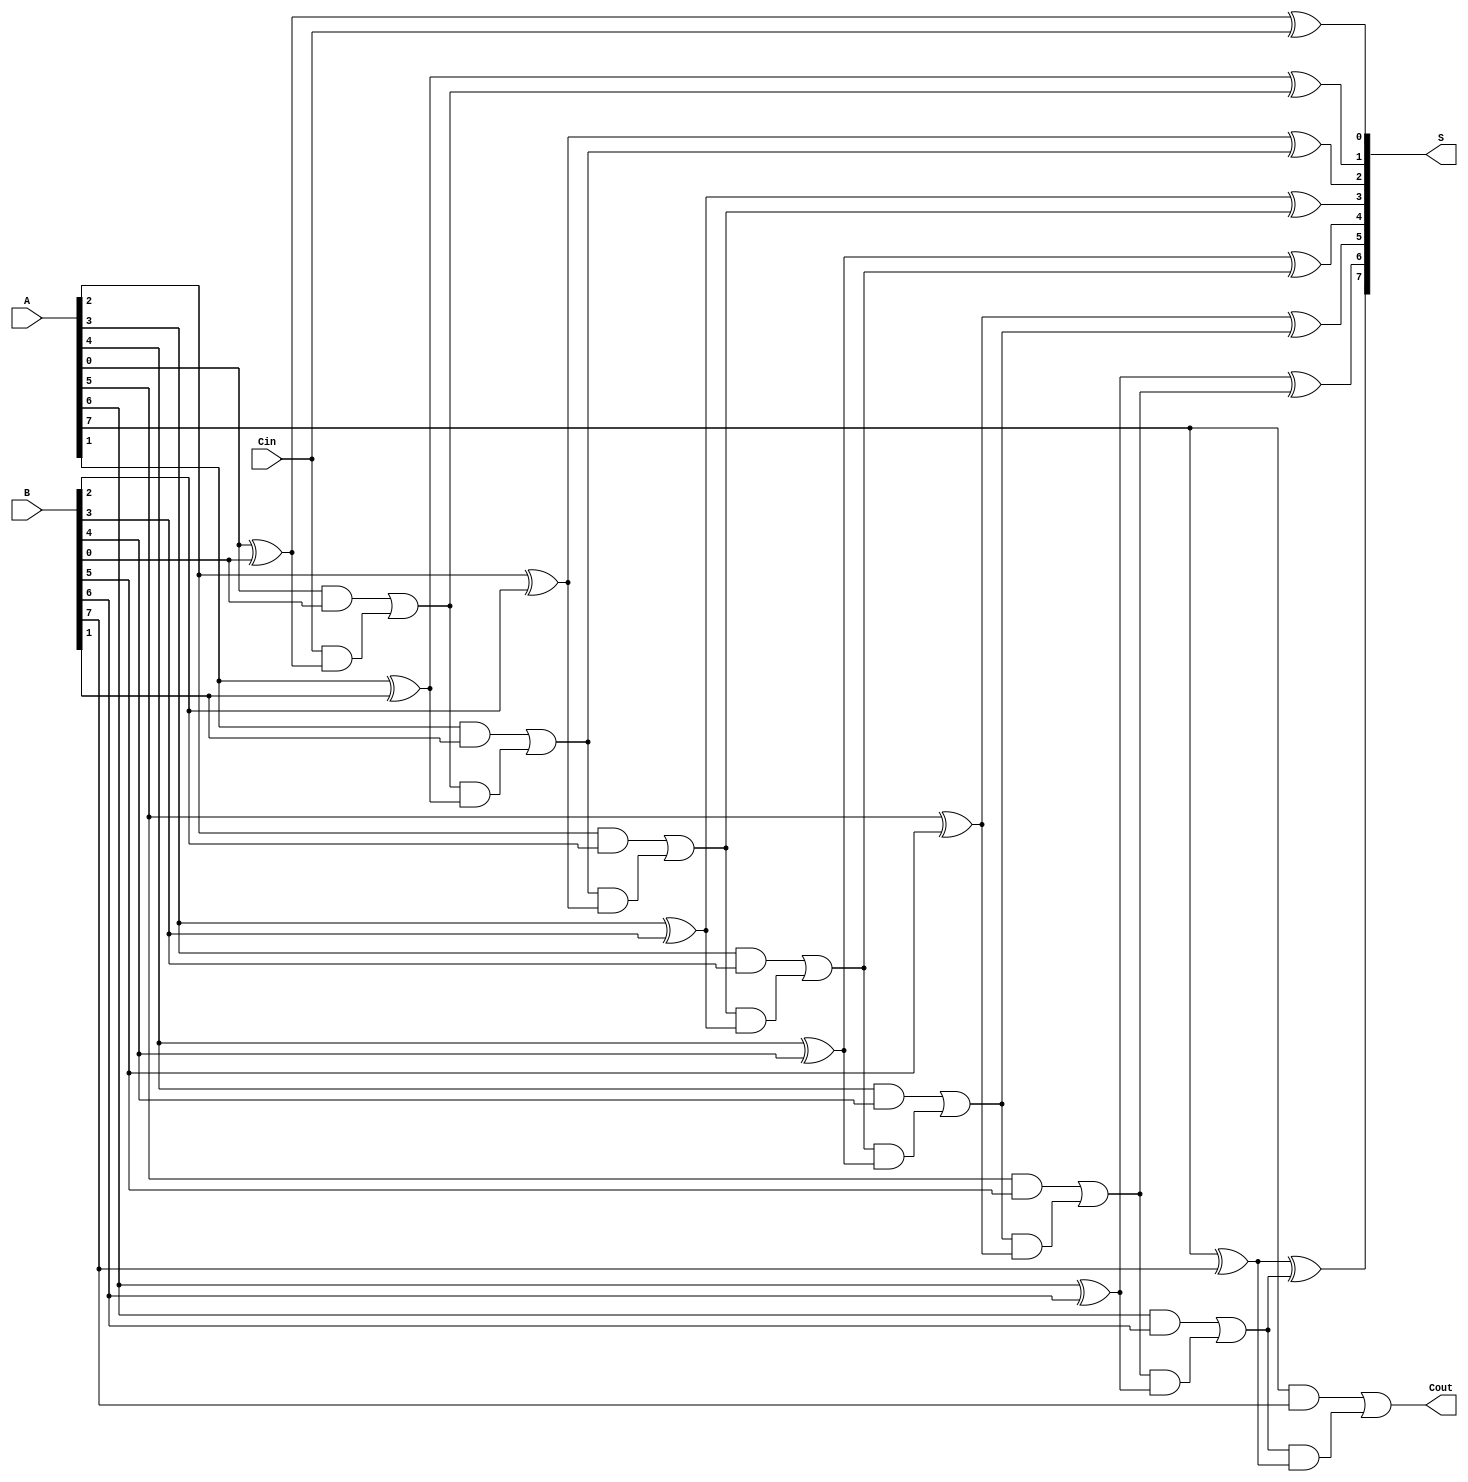
module ManchesterCarryChainAdder #(parameter n = 8) (
    input [n-1:0] A,         // First operand
    input [n-1:0] B,         // Second operand
    input Cin,               // Carry-in
    output [n-1:0] S,        // Sum output
    output Cout              // Carry-out
);
    
    wire [n:0] carry;        // Internal carry signals, carry[n] is for Cout
    
    // Initial carry-in
    assign carry[0] = Cin;

    // Generate sum and carry for each bit position
    genvar i;
    generate
        for (i = 0; i < n; i = i + 1) begin: adder
            assign S[i] = A[i] ^ B[i] ^ carry[i];                      // Sum bit
            assign carry[i+1] = (A[i] & B[i]) | (carry[i] & (A[i] ^ B[i])); // Carry-out
        end
    endgenerate
    
    // Final carry-out
    assign Cout = carry[n];

endmodule